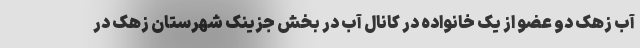
آب زهک دو عضو از یک خانواده در کانال آب در بخش جزینک شهرستان زهک در